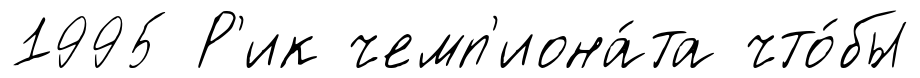
1995 Р'ик чемп'иона́та что́бы